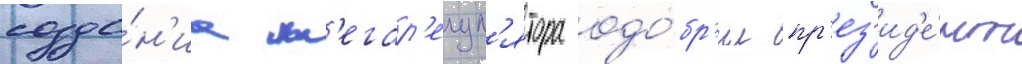
созда́н'иа м'егар'егул'ятора одо́бр'ил пр'ез'ид'е́нт